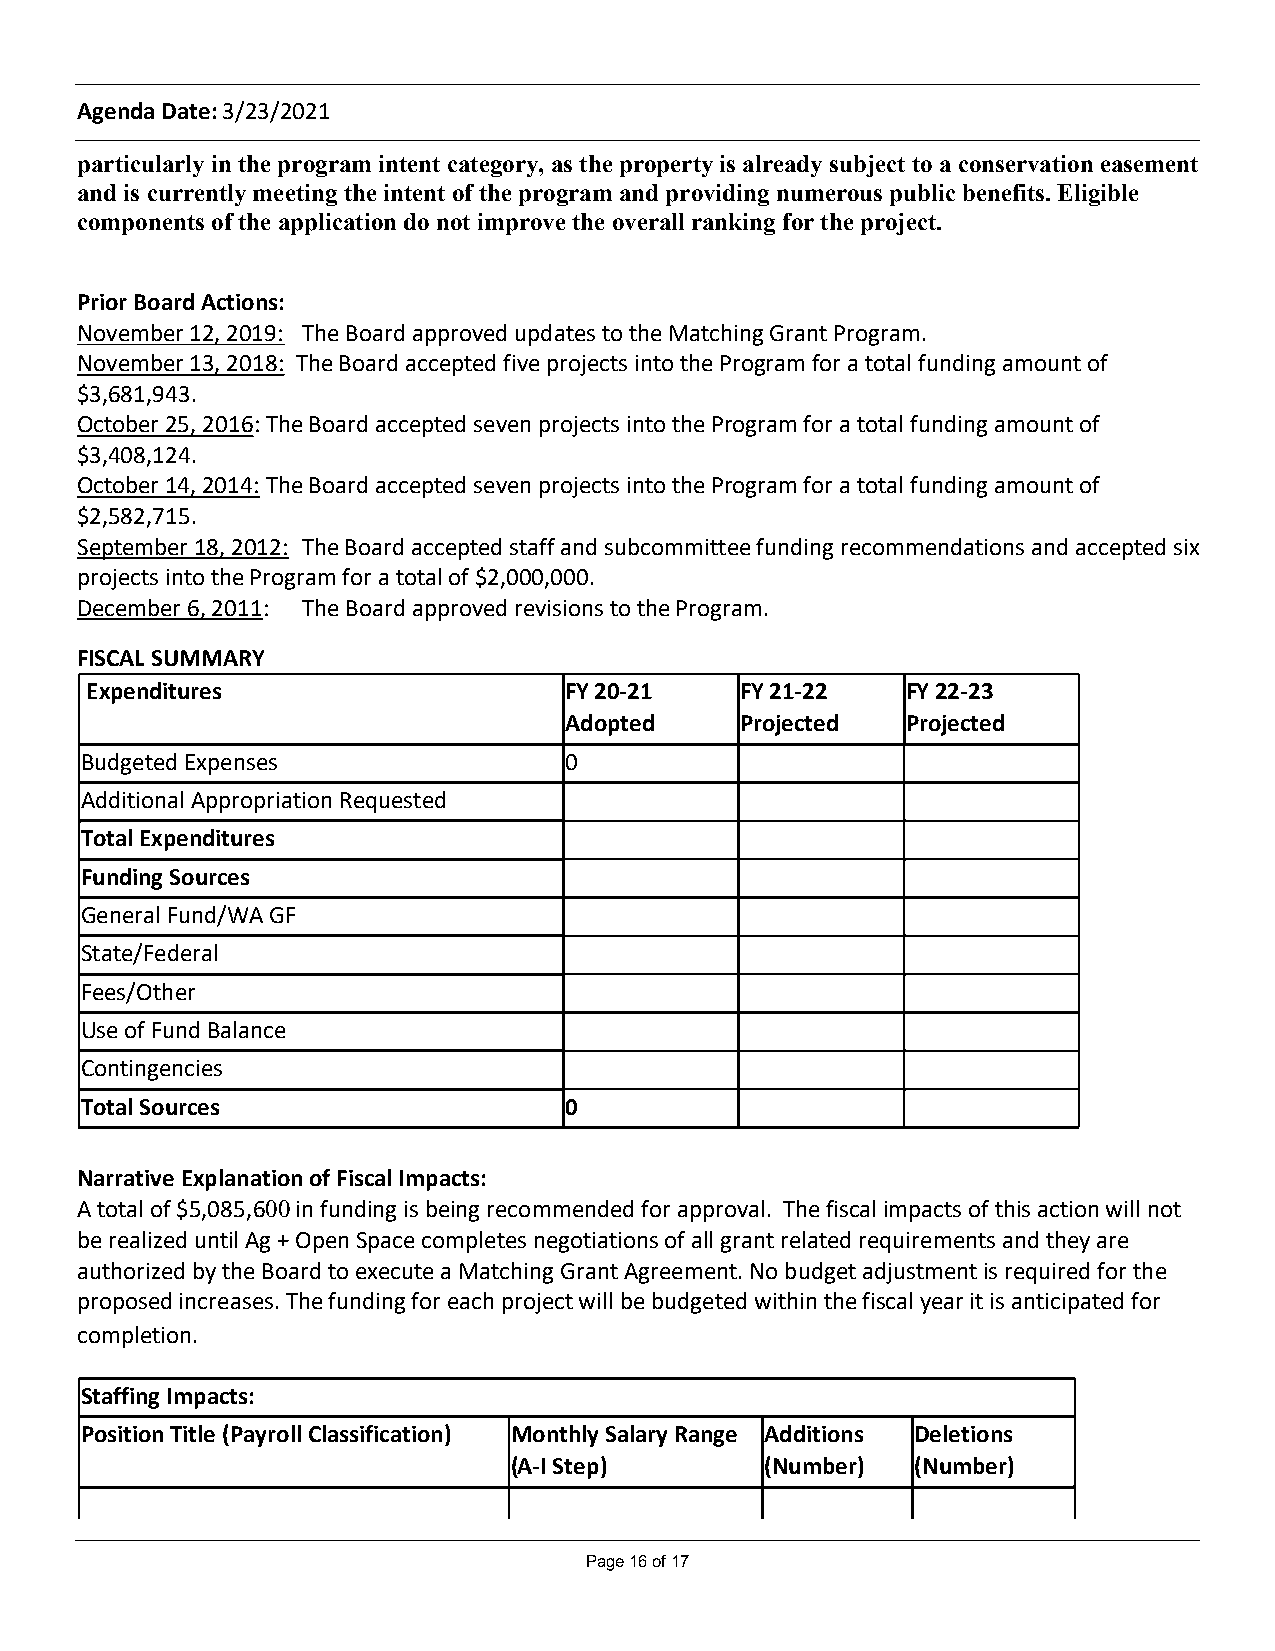
Agenda Date: 3/23/2021
 particularly in the program intent category, as the property is already subject to a conservation easement
 and is currently meeting the intent of the program and providing numerous public benefits. Eligible
 components of the application do not improve the overall ranking for the project.
 Prior Board Actions:
 November 12, 2019: The Board approved updates to the Matching Grant Program.
 November 13, 2018: The Board accepted five projects into the Program for a total funding amount of
 $3,681,943.
 October 25, 2016: The Board accepted seven projects into the Program for a total funding amount of
 $3,408,124.
 October 14, 2014: The Board accepted seven projects into the Program for a total funding amount of
 $2,582,715.
 September 18, 2012: The Board accepted staff and subcommittee funding recommendations and accepted six
 projects into the Program for a total of $2,000,000.
 December 6, 2011: The Board approved revisions to the Program.
 FISCAL SUMMARY
 Expenditures                   FY 20-21    FY 21-22   FY 22-23
 Adopted     Projected  Projected
 Budgeted Expenses               0
 Additional Appropriation Requested
 Total Expenditures
 Funding Sources
 General Fund/WA GF
 State/Federal
 Fees/Other
 Use of Fund Balance
 Contingencies
 Total Sources                   0
 Narrative Explanation of Fiscal Impacts:
 A total of $5,085,600 in funding is being recommended for approval. The fiscal impacts of this action will not
 be realized until Ag + Open Space completes negotiations of all grant related requirements and they are
 authorized by the Board to execute a Matching Grant Agreement. No budget adjustment is required for the
 proposed increases. The funding for each project will be budgeted within the fiscal year it is anticipated for
 completion.
 Staffing Impacts:
 Position Title (Payroll Classification) Monthly Salary Range Additions Deletions
 (A-I Step)       (Number)  (Number)
 Page 16 of 17